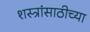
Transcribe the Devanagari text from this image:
शस्त्रांसाठीच्या